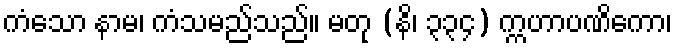
ကံသော နာမ၊ ကံသမည်သည်။ မတု (နိ၊ ၃၃၄) က္ကဟာပဏိကော၊